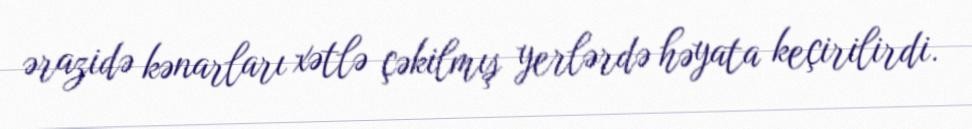
ərazidə kənarları xətlə çəkilmış yerlərdə həyata keçirilirdi.